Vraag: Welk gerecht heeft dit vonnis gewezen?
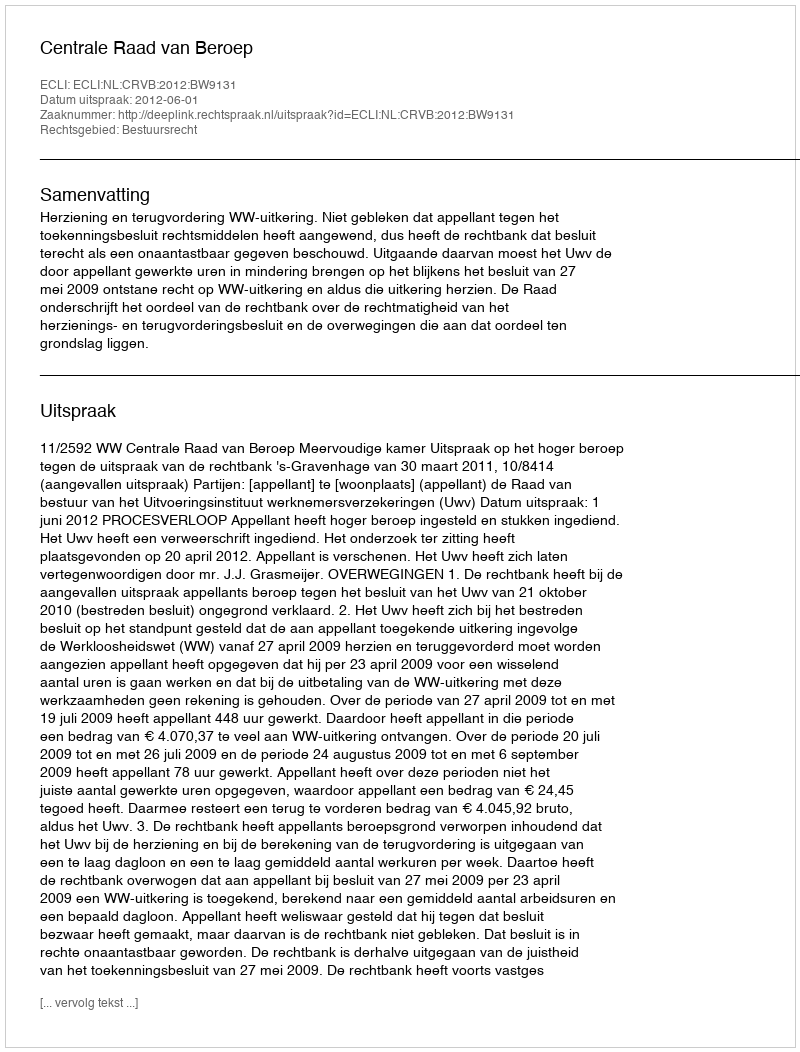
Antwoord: Centrale Raad van Beroep